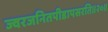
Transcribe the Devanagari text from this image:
ज्वरजनितपीडापसरति॥२०॥